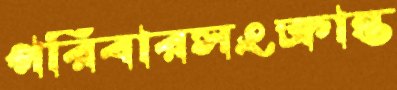
পরিবারসংক্রান্ত